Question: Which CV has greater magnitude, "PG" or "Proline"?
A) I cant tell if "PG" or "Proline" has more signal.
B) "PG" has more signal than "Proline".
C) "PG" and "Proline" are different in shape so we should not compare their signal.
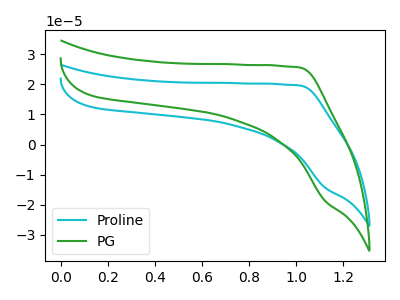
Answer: <think>The cyan curve "Proline" has no peaks. The green curve "PG" has no peaks.
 Neither "PG" or "Proline" have any peaks.</think>
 <answer>A) I cant tell if "PG" or "Proline" has more signal.</answer>
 <eval>A</eval>